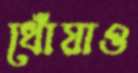
ধোঁয়াও